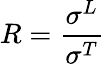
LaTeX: R=\frac{\sigma^{L}}{\sigma^{T}}